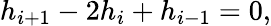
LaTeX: {h_{i+1}}-2{h_{i}}+{h_{i-1}}=0,